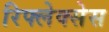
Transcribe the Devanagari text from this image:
रिफ्लेक्सेस